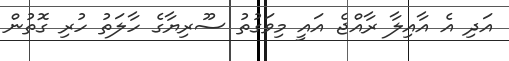
އަދި އެ އާއިލާ ރާއްޖެ އައީ މިވަގުތު ސޫރިޔާގެ ހާލަތު ހުރި ގޮތުން